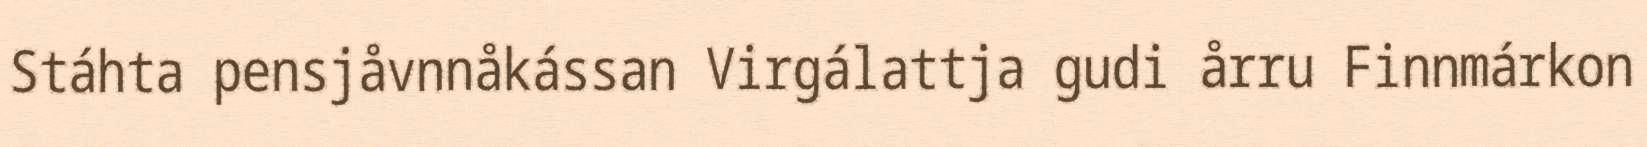
Stáhta pensjåvnnåkássan Virgálattja gudi årru Finnmárkon